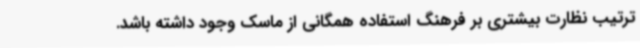
ترتیب نظارت بیشتری بر فرهنگ‌ استفاده همگانی از ماسک وجود داشته باشد.